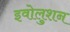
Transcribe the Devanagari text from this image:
इवोलुशन